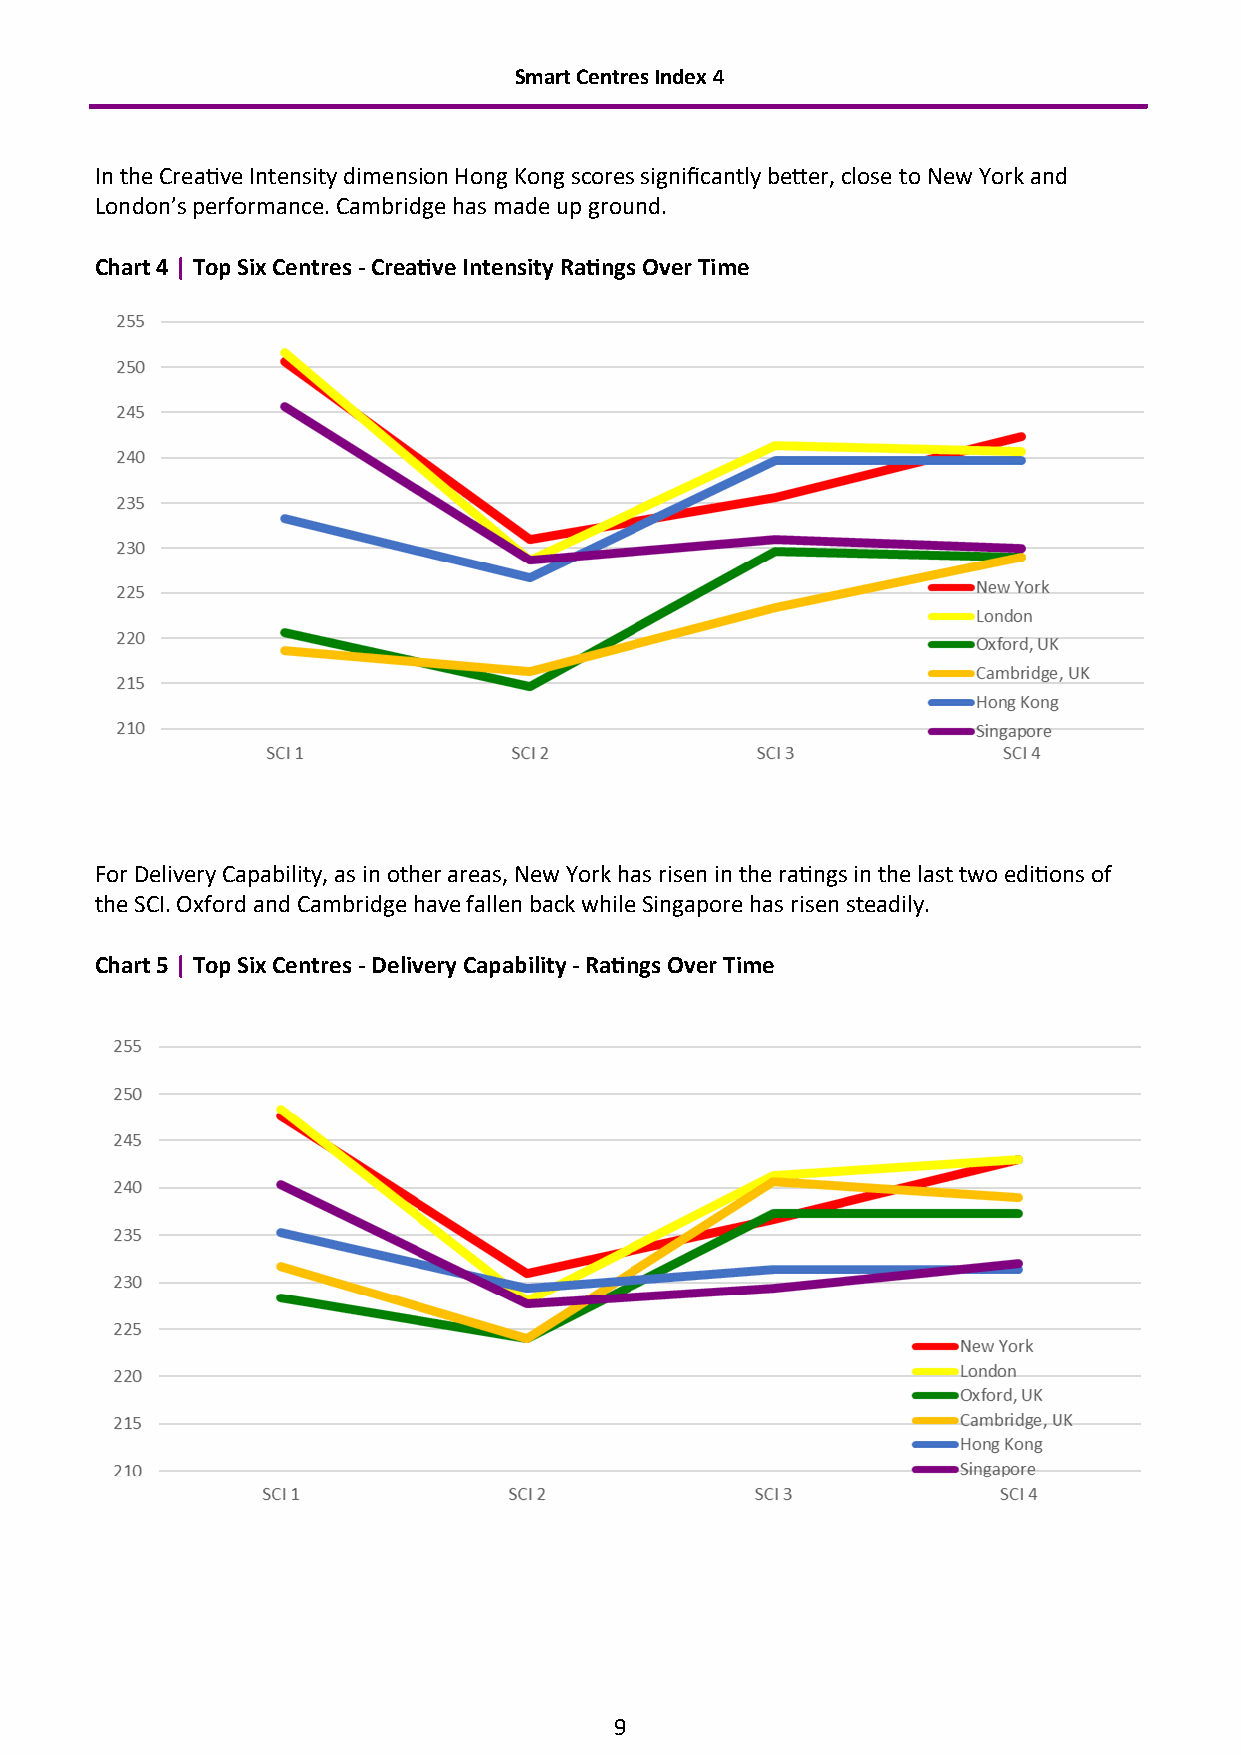
Smart Centres Index 4
 In the Creative Intensity dimension Hong Kong scores significantly better, close to New York and
 London’s performance. Cambridge has made up ground.
 Chart 4 | Top Six Centres - Creative Intensity Ratings Over Time
 For Delivery Capability, as in other areas, New York has risen in the ratings in the last two editions of
 the SCI. Oxford and Cambridge have fallen back while Singapore has risen steadily.
 Chart 5 | Top Six Centres - Delivery Capability - Ratings Over Time
 9